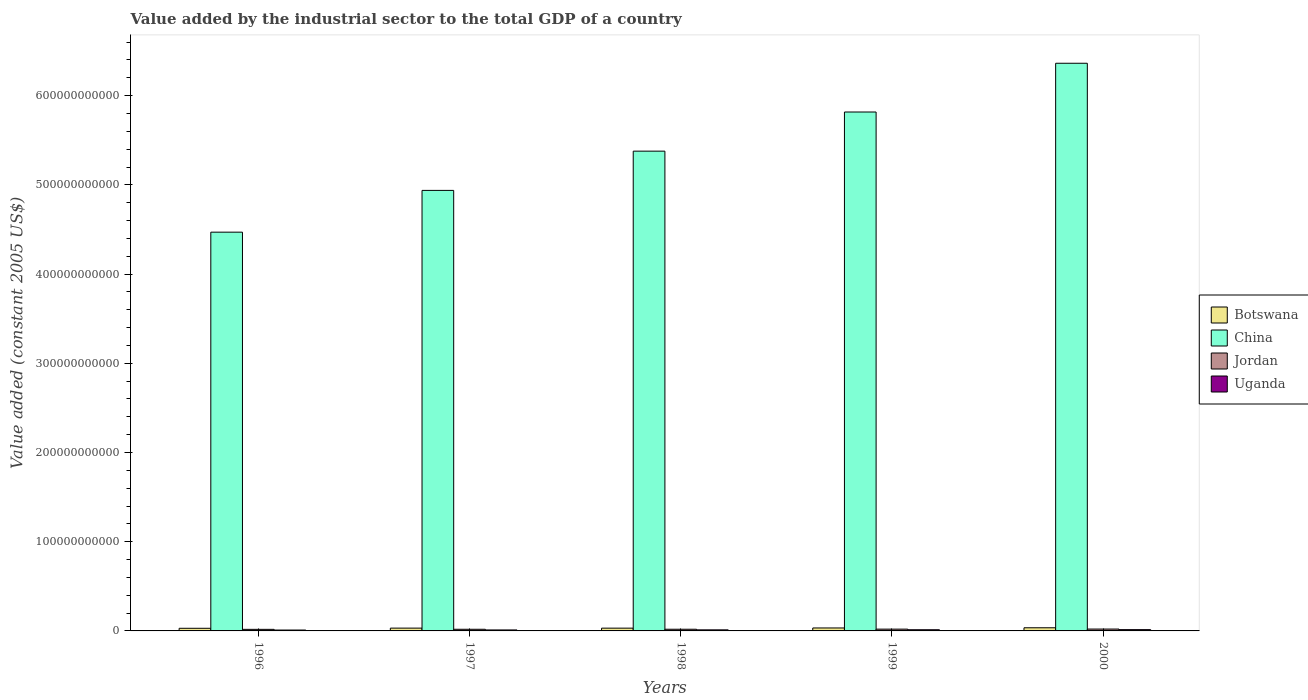
| Years | Botswana | China | Jordan | Uganda |
 | --- | --- | --- | --- | --- |
 | 1996 | 2.96e+09 | 4.47e+11 | 1.76e+09 | 9.84e+08 |
 | 1997 | 3.15e+09 | 4.94e+11 | 1.85e+09 | 1.1e+09 |
 | 1998 | 3.1e+09 | 5.38e+11 | 1.88e+09 | 1.19e+09 |
 | 1999 | 3.31e+09 | 5.82e+11 | 2.01e+09 | 1.31e+09 |
 | 2000 | 3.54e+09 | 6.36e+11 | 2.09e+09 | 1.45e+09 |